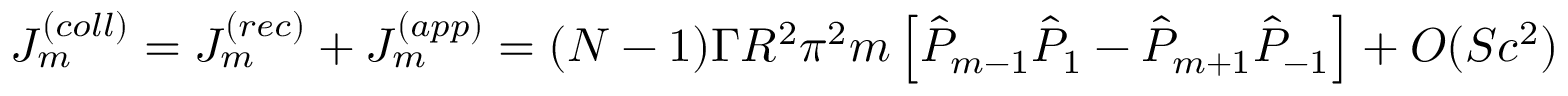
J _ { m } ^ { ( c o l l ) } = J _ { m } ^ { ( r e c ) } + J _ { m } ^ { ( a p p ) } = ( N - 1 ) \Gamma R ^ { 2 } \pi ^ { 2 } m \left[ \hat { P } _ { m - 1 } \hat { P } _ { 1 } - \hat { P } _ { m + 1 } \hat { P } _ { - 1 } \right] + O ( S c ^ { 2 } )